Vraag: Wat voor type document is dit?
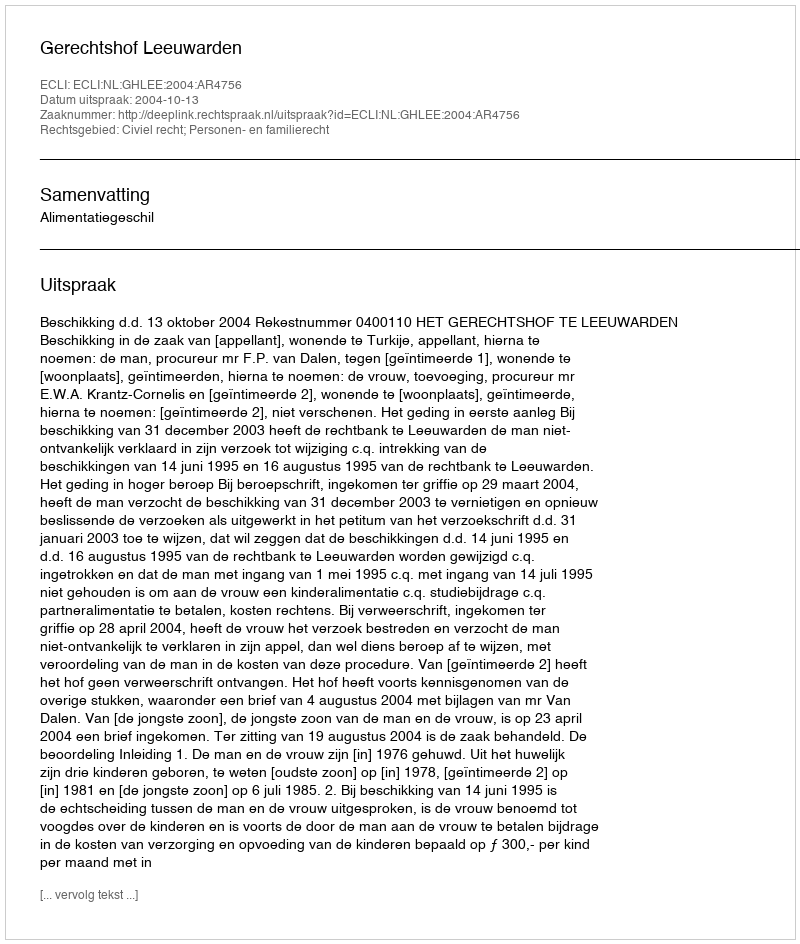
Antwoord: Uitspraak